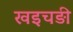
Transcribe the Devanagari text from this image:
खइचड़ी